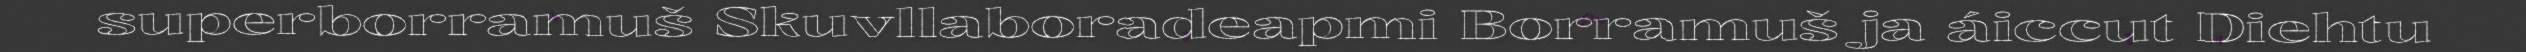
superborramuš Skuvllaboradeapmi Borramuš ja áiccut Diehtu